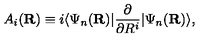
A _ { i } ( { \bf R } ) \equiv i \langle \Psi _ { n } ( { \bf R } ) | \frac { \partial } { \partial R ^ { i } } | \Psi _ { n } ( { \bf R } ) \rangle ,